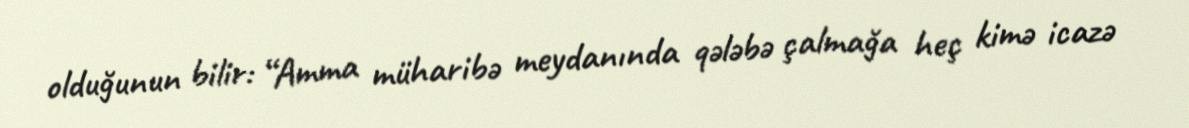
olduğunun bilir: “Amma müharibə meydanında qələbə çalmağa heç kimə icazə